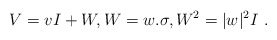
\begin{align*}V= vI+W,W=w.\sigma ,W^2= |w|^2 I \ .\end{align*}